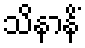
သိနာနိံ